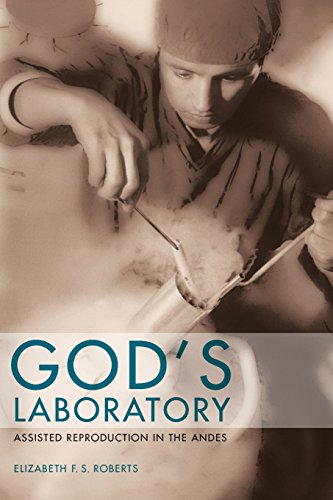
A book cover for God's Laboratory: Assisted Reproduction in the Andes; Elizabeth F. S. Roberts; Parenting & Relationships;